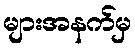
များအနက်မှ